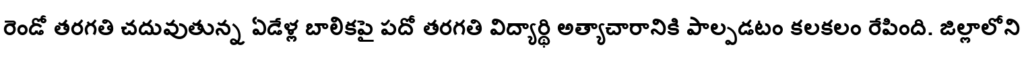
రెండో తరగతి చదువుతున్న ఏడేళ్ల బాలికపై పదో తరగతి విద్యార్థి అత్యాచారానికి పాల్పడటం కలకలం రేపింది. జిల్లాలోని